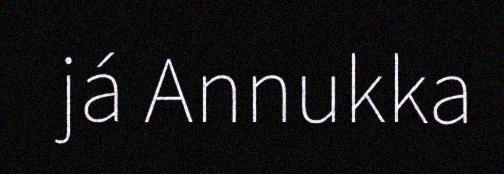
já Annukka